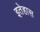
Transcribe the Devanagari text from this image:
इतेहास